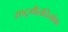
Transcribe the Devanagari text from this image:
राष्ट्रगीतदिनांक